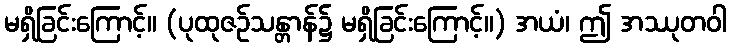
မရှိခြင်းကြောင့်။ (ပုထုဇဉ်သန္တာန်၌ မရှိခြင်းကြောင့်။) အယံ၊ ဤ အဿုတဝါ